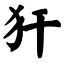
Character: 犴